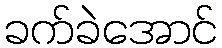
ခက်ခဲအောင်